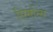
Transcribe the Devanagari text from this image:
सिमोन्स